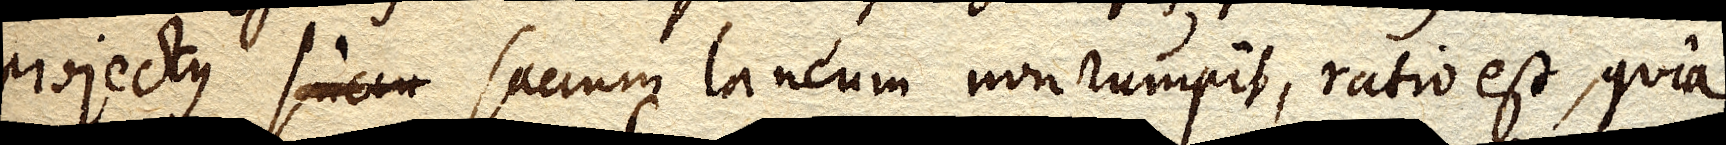
projectus succu saccum laneum non rumpit, ratio est, quia